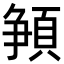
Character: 𩓞